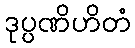
ဒုပ္ပဏိဟိတံ